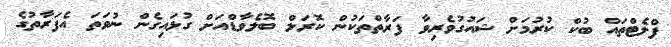
ފްލެޓްތައް ބުކް ކުރުމަށް ޝައުގުވެރިވާ ފަރާތްތަކުން ކޮރަލް ބޮލެވާޑްއަށް ގުޅައިގެން ނުވަތަ އެފަރާތުގެ